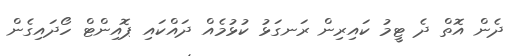
ދެން އޮތް ދެ ޓީމު ކައިރިން ރަނގަޅު ކުޅުމެއް ދައްކައި ޕޮއިންޓް ހޯދައިގެން